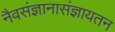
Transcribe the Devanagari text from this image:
नैवसंज्ञानासंज्ञायतन